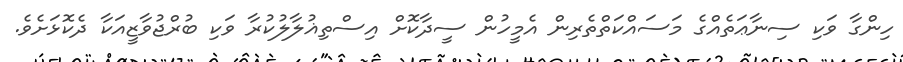
ހިންގާ ވަކި ސިނާޢަތެއްގެ މަސައްކަތްތެރިން އެމީހުން ސީދާކޮށް އިސްތިޣުލާލުކުރާ ވަކި ބުރްޖުވާޒީއަކާ ދެކޮޅަށެވެ.